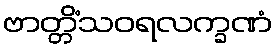
ဗာတ္တိံသဝရလက္ခဏံ